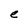
Character: e